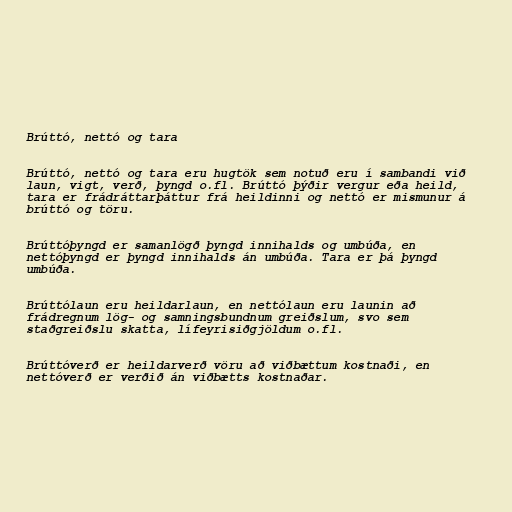
Brúttó, nettó og tara

Brúttó, nettó og tara eru hugtök sem notuð eru í sambandi við
laun, vigt, verð, þyngd o.fl. Brúttó þýðir vergur eða heild,
tara er frádráttarþáttur frá heildinni og nettó er mismunur á
brúttó og töru.

Brúttóþyngd er samanlögð þyngd innihalds og umbúða, en
nettóþyngd er þyngd innihalds án umbúða. Tara er þá þyngd
umbúða.

Brúttólaun eru heildarlaun, en nettólaun eru launin að
frádregnum lög- og samningsbundnum greiðslum, svo sem
staðgreiðslu skatta, lífeyrisiðgjöldum o.fl.

Brúttóverð er heildarverð vöru að viðbættum kostnaði, en
nettóverð er verðið án viðbætts kostnaðar.